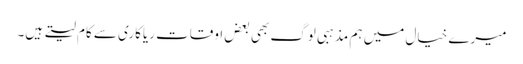
میرے خیال میں ہم مذہبی لوگ بھی بعض اوقات ریاکاری سے کام لیتے ہیں۔